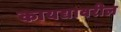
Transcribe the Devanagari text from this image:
कायद्यावरील